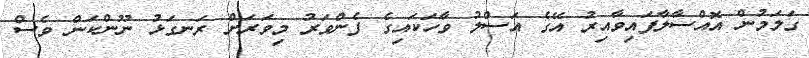
ގަލަމުން އޮއްސާލާފައިވާއިރު އޭގެ އަސްލު ވާހަކައިގެ ފެންވަރު މިވަރަށް ރަނގަޅު ނޫންކަން ވެސް